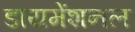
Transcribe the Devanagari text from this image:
डायमेंशनल